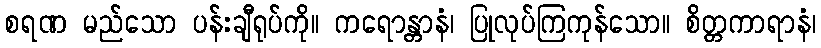
စရဏ မည်သော ပန်းချီရုပ်ကို။ ကရောန္တာနံ၊ ပြုလုပ်ကြကုန်သော။ စိတ္တကာရာနံ၊